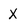
Character: X